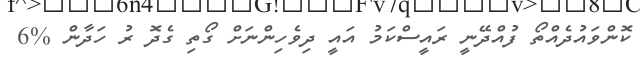
ކޮންވައުދެެއްތޯ ފުއްދޭނީ ރައީސްކަމު އައީ ދިވެހިންނަށް ގޯތި ގެދޮ ރު ހަދާން %6